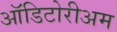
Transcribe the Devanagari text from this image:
ऑडिटोरीअम